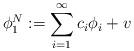
LaTeX: \begin{align*}\phi_1^{N}:=\sum\limits_{i=1}^{\infty}c_i \phi_i+v\end{align*}